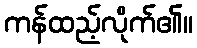
ကန်ထည့်လိုက်၏။